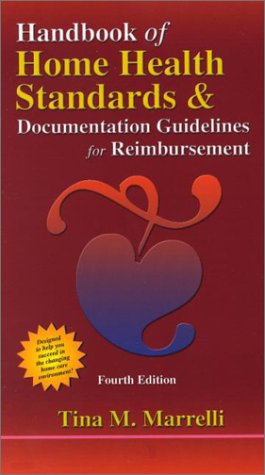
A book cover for Handbook of Home Health Standards and Documentation Guidelines for Reimbursement, 4th Edition; Tina M. Marrelli MSN  MA  RN; Self-Help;